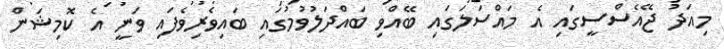
މިއަދު ޖޭއެސްސީގައި އެ މައްސަލަގައި ބޭއްވި ބައްދަލުވުމުގައި ބައިވެރިވެފައި ވަނީ އެ ކޮމިޝަން